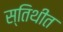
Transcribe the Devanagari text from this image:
स्तिथीत